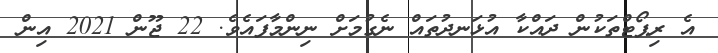
އެ ރިޕޯޓްތަކުން ދައްކާ އުޅަނދުތައް ނެގުމަށް ނިންމާފައެވެ. 22 ޖޫން 2021 އިން